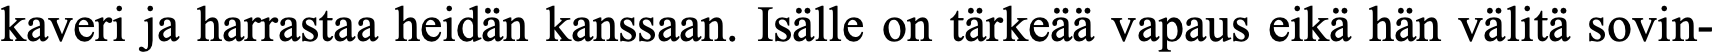
kaveri ja harrastaa heidän kanssaan. Isälle on tärkeää vapaus eikä hän välitä sovin-